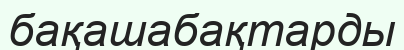
бақашабақтарды